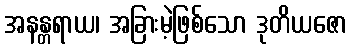
အနန္တရာယ၊ အခြားမဲ့ဖြစ်သော ဒုတိယဇော